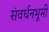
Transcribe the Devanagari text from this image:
संवर्धनभूमी